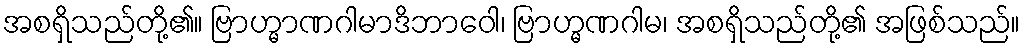
အစရှိသည်တို့၏။ ဗြာဟ္မာဏဂါမာဒိဘာဝေါ၊ ဗြာဟ္မဏဂါမ၊ အစရှိသည်တို့၏ အဖြစ်သည်။